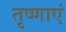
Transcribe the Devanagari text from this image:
तृष्णाएं